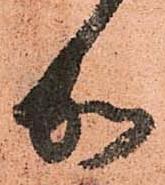
加